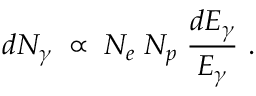
d N _ { \gamma } \; \propto \; N _ { e } \; N _ { p } \; { \frac { d E _ { \gamma } } { E _ { \gamma } } } \ .